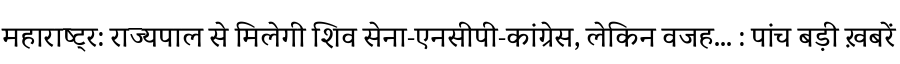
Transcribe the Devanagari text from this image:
महाराष्ट्र: राज्यपाल से मिलेगी शिव सेना-एनसीपी-कांग्रेस, लेकिन वजह... : पांच बड़ी ख़बरें